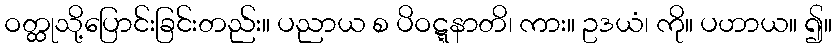
ဝတ္ထုသို့ပြောင်းခြင်းတည်း။ ပညာယ စ ပိဝဋ္ဋနာတိ၊ ကား။ ဥဒယံ၊ ကို။ ပဟာယ။ ၍။